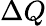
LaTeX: \Delta Q